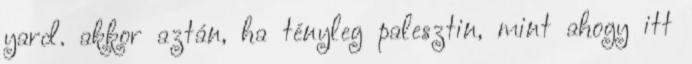
yard. akkor aztán, ha tényleg palesztin, mint ahogy itt